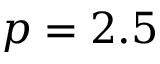
p = 2 . 5